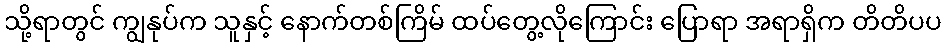
သို့ရာတွင် ကျွနုပ်က သူနှင့် နောက်တစ်ကြိမ် ထပ်တွေ့လိုကြောင်း ပြောရာ အရာရှိက တိတိပပ